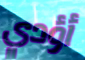
أؤدي